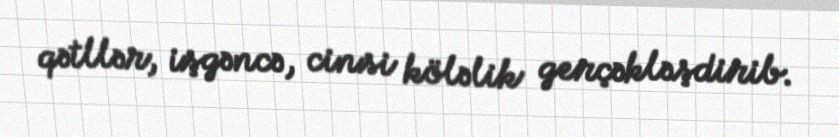
qətllər, işgəncə, cinsi köləlik gerçəkləşdirib.